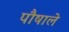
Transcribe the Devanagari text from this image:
पौषाले